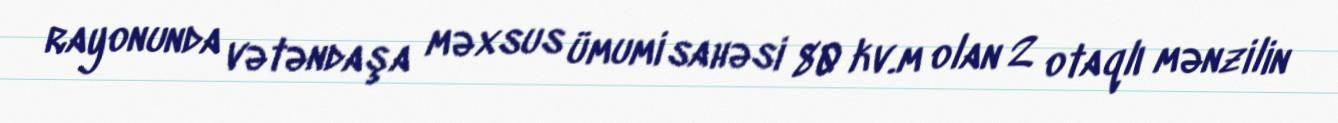
rayonunda vətəndaşa məxsus ümumi sahəsi 80 kv.m olan 2 otaqlı mənzilin